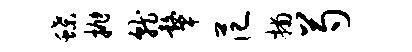
蝶抛就鼙范捕芍